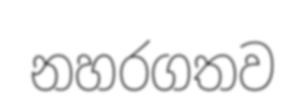
නහරගතව